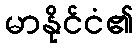
မာနိုင်ငံ၏